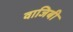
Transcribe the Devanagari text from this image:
वाजिबी